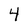
Character: 4